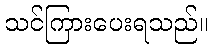
သင်ကြားပေးရသည်။